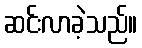
ဆင်းလာခဲ့သည်။